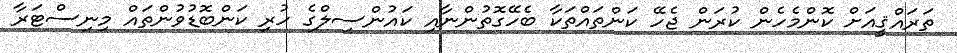
ތަރައްޤީއަށް ކޮންމެހެން ކުރަން ޖެހޭ ކަންތައްތަކާ ބެހޭގޮތުންނާއި ކައުންސިލްގެ ހުރި ކަންބޮޑުވުންތައް މިނިސްޓަރާ